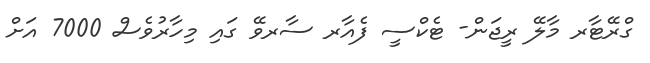
ގްރޭޓާރ މާލޭ ރީޖަން- ޓެކްސީ ފެއާރ ސާރވޭ ގައި މިހާރުވެސް 7000 އަށް